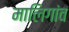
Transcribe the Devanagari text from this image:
मालिगांव